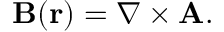
\mathbf { B } ( { \mathbf { r } } ) = \nabla \times { \mathbf { A } } .